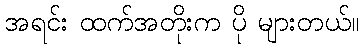
အရင်း ထက်အတိုးက ပို များတယ်။